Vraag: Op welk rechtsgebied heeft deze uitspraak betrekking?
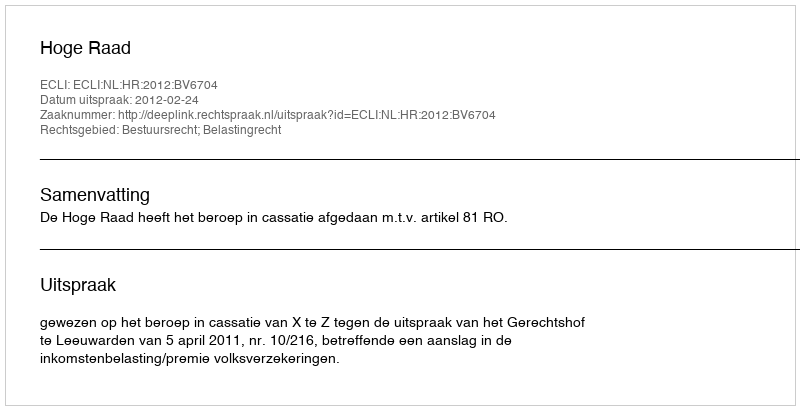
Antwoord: Bestuursrecht; Belastingrecht